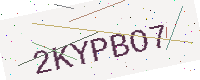
Text: 2KYPBO7